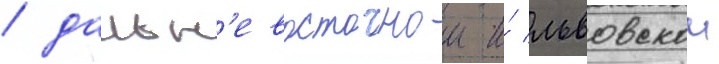
/ дальн'евосточнои и́ львовскои